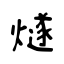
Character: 燧